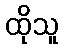
ထိုသူ